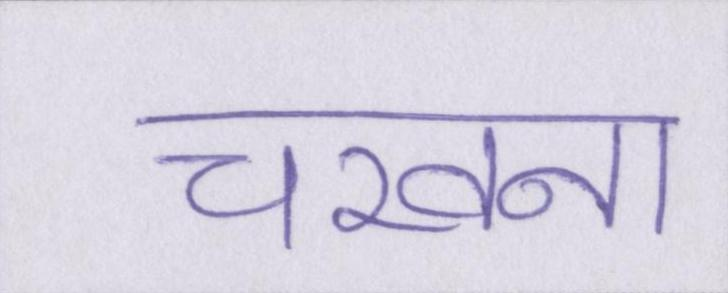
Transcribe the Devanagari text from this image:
चखना